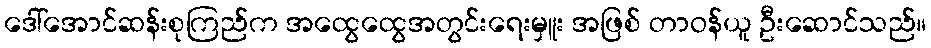
ဒေါ်အောင်ဆန်းစုကြည်က အထွေထွေအတွင်းရေးမှူး အဖြစ် တာဝန်ယူ ဦးဆောင်သည်။